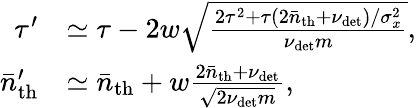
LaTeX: \begin{array}{rl}{\tau^{\prime}}&{\simeq\tau-2w\sqrt{\frac{2\tau^{2}+\tau(2\bar{n}_{\mathrm{th}}+\nu_{\mathrm{det}})/\sigma_{x}^{2}}{\nu_{\mathrm{det}}m}},}\\ {\bar{n}_{\mathrm{th}}^{\prime}}&{\simeq\bar{n}_{\mathrm{th}}+w\frac{2\bar{n}_{\mathrm{th}}+\nu_{\mathrm{det}}}{\sqrt{2\nu_{\mathrm{det}}m}},}\end{array}